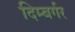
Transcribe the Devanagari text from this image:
दिम्बर्गर